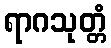
ရာဂသုတ္တံ